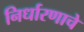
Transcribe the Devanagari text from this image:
निर्धारणाचे